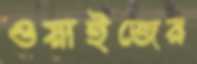
ওয়াইজের